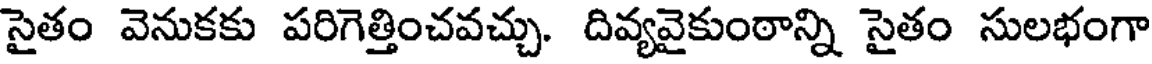
సైతం వెనుకకు పరిగెత్తించవచ్చు. దివ్యవైకుంఠాన్ని సైతం సులభంగా